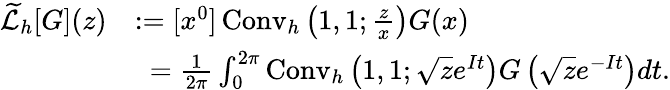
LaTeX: {\begin{array}{rl}{{\widetilde{\mathcal{L}}}_{h}[G](z)}&{:=[x^{0}]\operatorname{Conv}_{h}\left(1,1;{\frac{z}{x}}\right)G(x)}\\ &{\ ={\frac{1}{2\pi}}\int_{0}^{2\pi}\operatorname{Conv}_{h}\left(1,1;{\sqrt{z}}e^{It}\right)G\left({\sqrt{z}}e^{-It}\right)dt.}\end{array}}